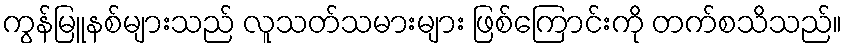
ကွန်မြူနစ်များသည် လူသတ်သမားများ ဖြစ်ကြောင်းကို တက်စသိသည်။